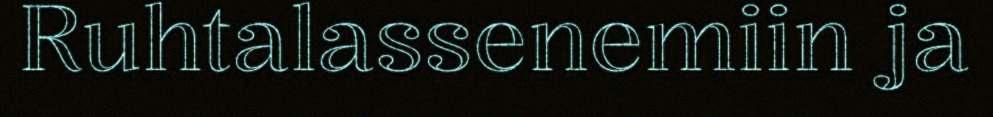
Ruhtalassenemiin ja